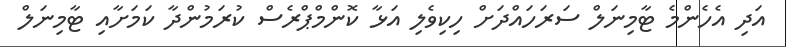
އަދި އެހެންމެ ޓާމިނަލް ސަރަހައްދަށް ހިކިވެލި އަޅާ ކޮންމްޕްރެސް ކުރަމުންދާ ކަމަށާއި ޓާމިނަލް